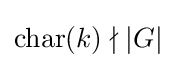
{\text{char}}(k)\nmid |G|